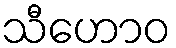
သီဟောဝ